Calcutta medical institutions reports 1879-81 [i.e.91]
Year: 1879
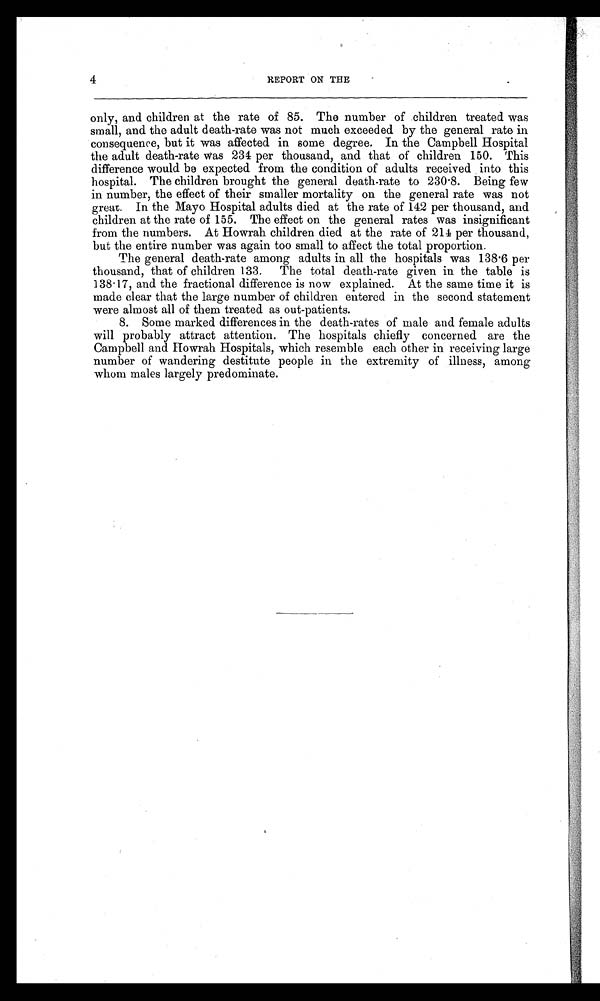
4
REPORT ON THE
only, and children at the rate of 85. The number of children treated was
small, and the adult death-rate was not much exceeded by the general rate in
consequence, but it was affected in some degree. In the Campbell Hospital
the adult death-rate was 234 per thousand, and that of children 150. This
difference would be expected from the condition of adults received into this
hospital. The children brought the general death-rate to 230.8. Being few
in number, the effect of their smaller mortality on the general rate was not
great. In the Mayo Hospital adults died at the rate of 142 per thousand, and
children at the rate of 155. The effect on the general rates was insignificant
from the numbers. At Howrah children died at the rate of 214 per thousand,
but the entire number was again too small to affect the total proportion.
The general death-rate among adults in all the hospitals was 138.6 per
thousand, that of children 133. The total death-rate given in the table is
138.17, and the fractional difference is now explained. At the same time it is
made clear that the large number of children entered in the second statement
were almost all of them treated as out-patients.
8. Some marked differences in the death-rates of male and female adults
will probably attract attention. The hospitals chiefly concerned are the
Campbell and Howrah Hospitals, which resemble each other in receiving large
number of wandering destitute people in the extremity of illness, among
whom males largely predominate.